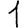
Digit: 1